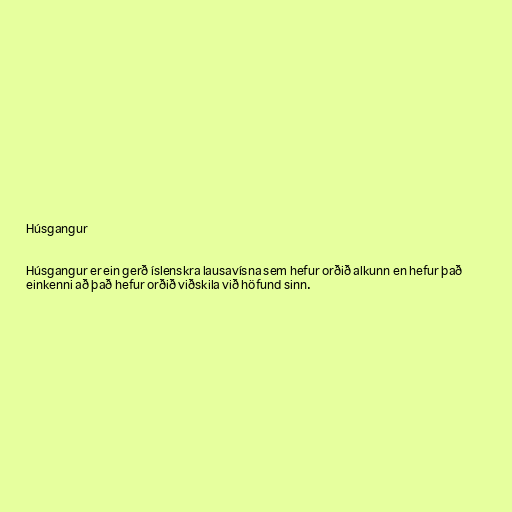
Húsgangur

Húsgangur er ein gerð íslenskra lausavísna sem hefur orðið alkunn en hefur það
einkenni að það hefur orðið viðskila við höfund sinn.